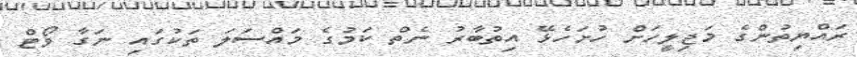
ރައްޔިތުންގެ މަޖިލީހަށް ހުށަހެޅޭ އިތުބާރު ނެތް ކަމުގެ މައްސަލަ ތަކުގައި ނަގާ ވޯޓް